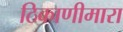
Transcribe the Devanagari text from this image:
ठिकाणीमारा